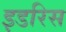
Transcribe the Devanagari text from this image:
इडरिस